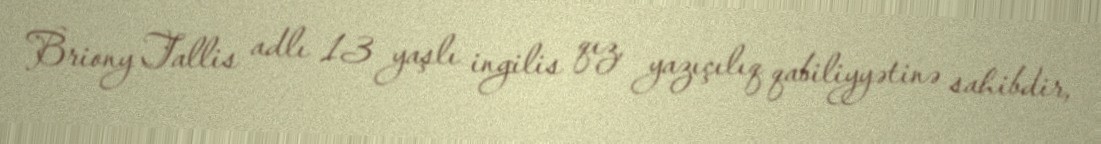
Briony Tallis adlı 13 yaşlı ingilis qız, yazıçılıq qabiliyyətinə sahibdir,